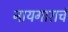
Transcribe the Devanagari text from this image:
नायगाराचं